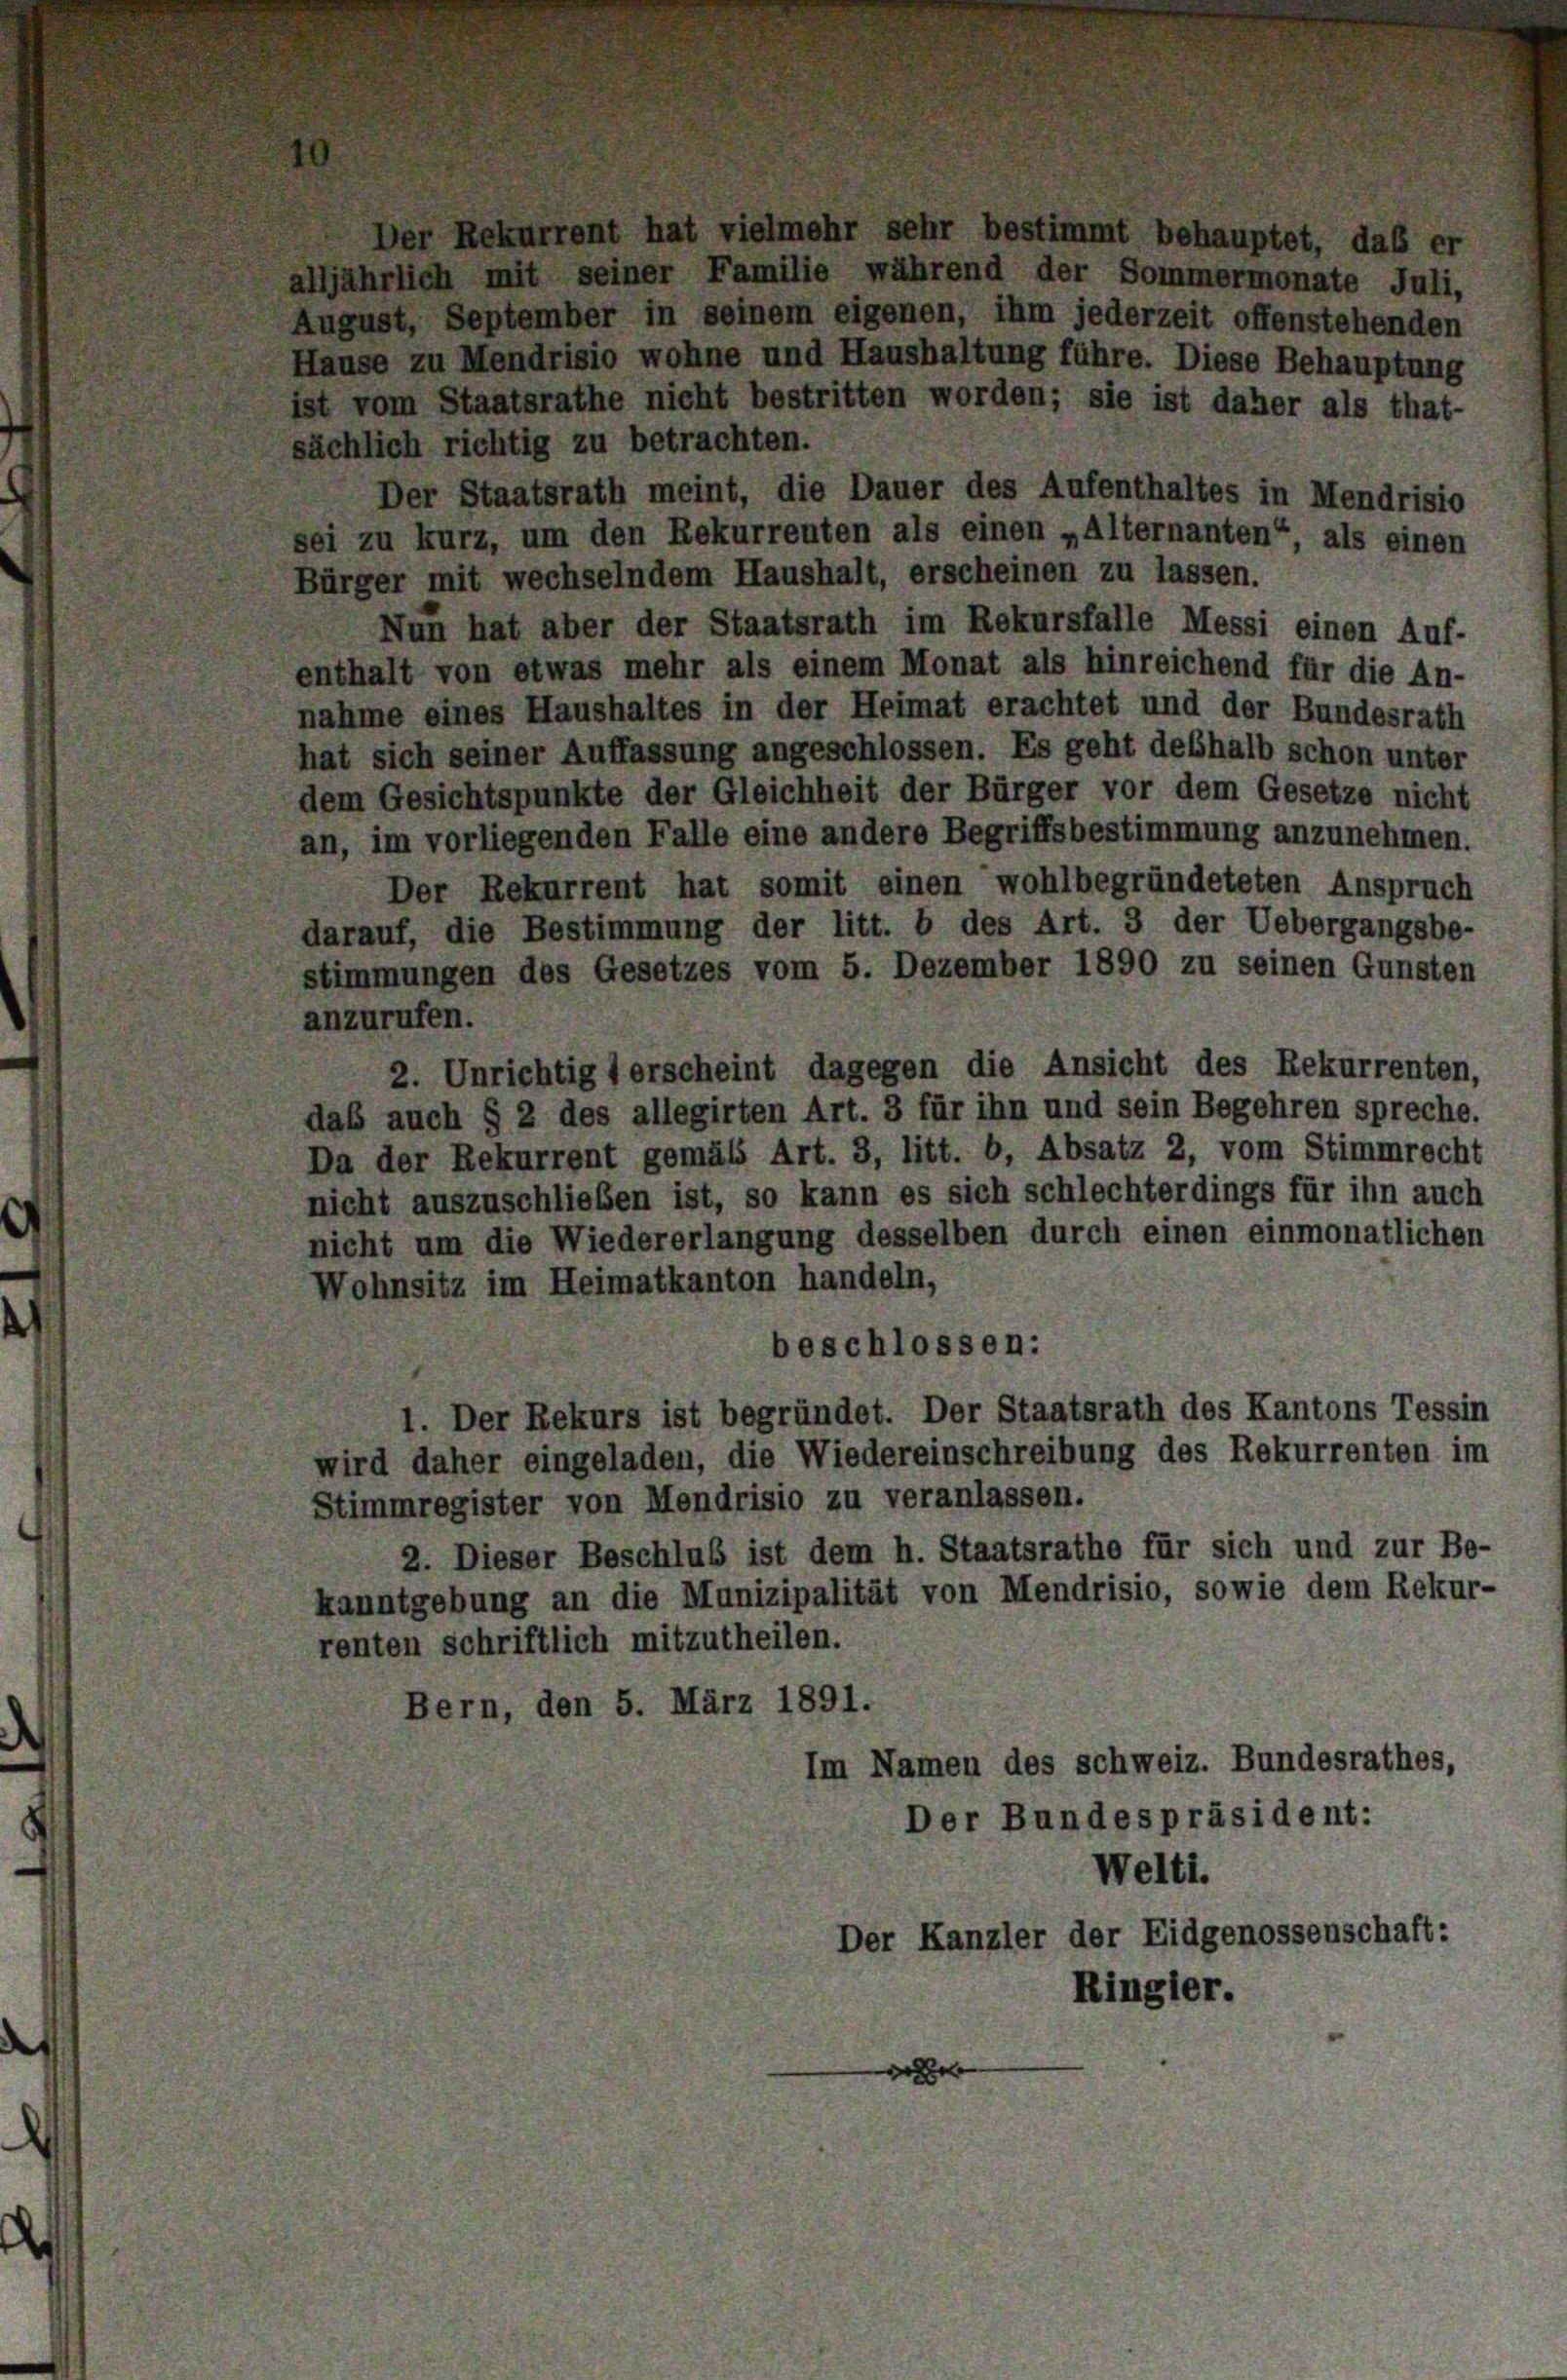
alljährlich mit seiner Familie während der Sommermonate Juli,
August, September in seinem eigenen, ihm jederzeit offenstehenden
Hause zu Mendrisio wohne und Haushaltung führe. Diese Behauptung
ist vom Staatsrathe nicht bestritten worden; sie ist daher als that-
sächlich richtig zu betrachten.
Der Staatsrath meint, die Dauer des Aufenthaltes in Mendrisio
sei zu kurz, um den Rekurrenten als einen „Alternanten“, als einen
Bürger mit wechselndem Haushalt, erscheinen zu lassen.
Nun hat aber der Staatsrath im Rekursfalle Messi einen Auf-
enthalt von etwas mehr als einem Monat als hinreichend für die An-
nahme eines Haushaltes in der Heimat erachtet und der Bundesrath
hat sich seiner Auffassung angeschlossen. Es geht deshalb schon unter
dem Gesichtspunkte der Gleichheit der Bürger vor dem Gesetze nicht
an, im vorliegenden Falle eine andere Begriffsbestimmung anzunehmen.
Der Rekurrent hat somit einen wohlbegründeteten Anspruch
darauf, die Bestimmung der litt. b des Art. 3 der Uebergangsbe-
stimmungen des Gesetzes vom 5. Dezember 1890 zu seinen Gunsten
anzurufen.
2. Unrichtigt erscheint dagegen die Ansicht des Rekurrenten,
daß auch § 2 des allegirten Art. 3 für ihn und sein Begehren spreche.
Da der Rekurrent gemäß Art. 3, litt. b, Absatz 2, vom Stimmrecht
nicht auszuschlieben ist, so kann es sich schlechterdings für ihn auch
nicht um die Wiedererlangung desselben durch einen einmonatlichen
Wohnsitz im Heimatkanton handeln,
beschlossen:
1. Der Rekurs ist begründet. Der Staatsrath des Kantons Tessin
wird daher eingeladen, die Wiedereinschreibung des Rekurrenten im
Stimmregister von Mendrisio zu veranlassen.
2. Dieser Beschluß ist dem h. Staatsrathe für sich und zur Be-
kanntgebung an die Munizipalität von Mendrisio, sowie dem Rekur-
renten schriftlich mitzutheilen.
Bern, den 5. März 1891.
Im Namen des schweiz. Bundesrathes,
Der Bundespräsident:
Welti.
Der Kanzler der Eidgenossenschaft:
Ringler.
e

stet, daß er